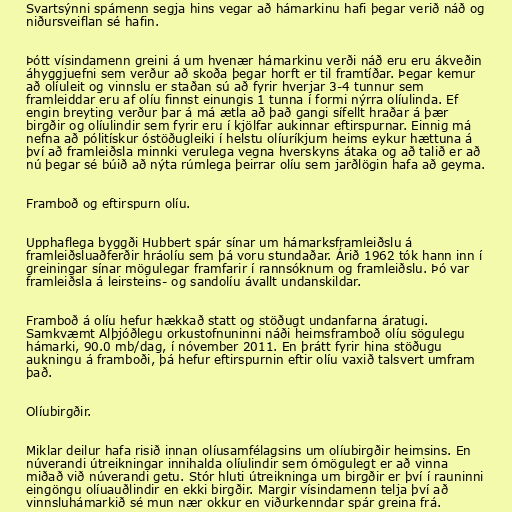
Svartsýnni spámenn segja hins vegar að hámarkinu hafi þegar verið náð og
niðursveiflan sé hafin.

Þótt vísindamenn greini á um hvenær hámarkinu verði náð eru eru ákveðin
áhyggjuefni sem verður að skoða þegar horft er til framtíðar. Þegar kemur
að olíuleit og vinnslu er staðan sú að fyrir hverjar 3-4 tunnur sem
framleiddar eru af olíu finnst einungis 1 tunna í formi nýrra olíulinda. Ef
engin breyting verður þar á má ætla að það gangi sífellt hraðar á þær
birgðir og olíulindir sem fyrir eru í kjölfar aukinnar eftirspurnar. Einnig má
nefna að pólitískur óstöðugleiki í helstu olíuríkjum heims eykur hættuna á
því að framleiðsla minnki verulega vegna hverskyns átaka og að talið er að
nú þegar sé búið að nýta rúmlega þeirrar olíu sem jarðlögin hafa að geyma.

Framboð og eftirspurn olíu.

Upphaflega byggði Hubbert spár sínar um hámarksframleiðslu á
framleiðsluaðferðir hráolíu sem þá voru stundaðar. Árið 1962 tók hann inn í
greiningar sínar mögulegar framfarir í rannsóknum og framleiðslu. Þó var
framleiðsla á leirsteins- og sandolíu ávallt undanskildar.

Framboð á olíu hefur hækkað statt og stöðugt undanfarna áratugi.
Samkvæmt Alþjóðlegu orkustofnuninni náði heimsframboð olíu sögulegu
hámarki, 90.0 mb/dag, í nóvember 2011. En þrátt fyrir hina stöðugu
aukningu á framboði, þá hefur eftirspurnin eftir olíu vaxið talsvert umfram
það.

Olíubirgðir.

Miklar deilur hafa risið innan olíusamfélagsins um olíubirgðir heimsins. En
núverandi útreikningar innihalda olíulindir sem ómögulegt er að vinna
miðað við núverandi getu. Stór hluti útreikninga um birgðir er því í rauninni
eingöngu olíuauðlindir en ekki birgðir. Margir vísindamenn telja því að
vinnsluhámarkið sé mun nær okkur en viðurkenndar spár greina frá.